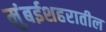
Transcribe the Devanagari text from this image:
मुंबईशहरातील